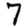
Digit: 7